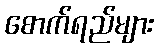
စောက်ရည်များ